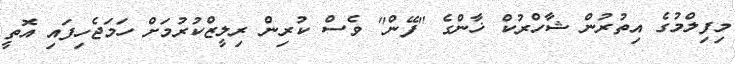
މިފިލްމުގެ އިތުރުން ޝާހްރުކް ޚާންގެ "ފޭން" ވެސް ކުރިން ރިލީޒްކުރުމަށް ހަމަޖެހިފައި އޮތީ